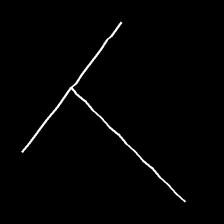
Glyph: column